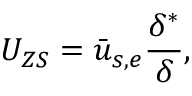
U _ { Z S } = \bar { u } _ { s , e } \frac { \delta ^ { * } } { \delta } ,